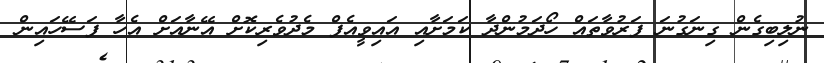
ނުލިބިގެން ގިނަގުނަ ފަރުވާތައް ހޯދަމުންދާ ކަމަށާއި އައިވީއެފް މެދުވެރިކޮށް އޭނާއަށް އެހާ ފަސޭހައިން